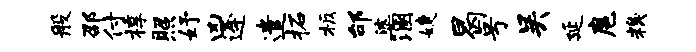
般邵付椁照妤凶逄遣柘板邰婆溷婕曷号吴延扈糗